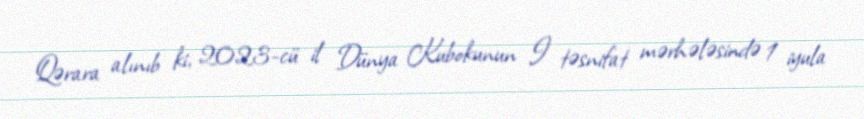
Qərara alınıb ki, 2023-cü il Dünya Kubokunun I təsnifat mərhələsində 1 iyula